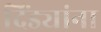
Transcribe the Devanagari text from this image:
दिंड्यांना